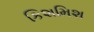
કિશમિશ